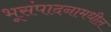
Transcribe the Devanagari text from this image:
भूसंपादनामधील